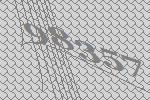
98357